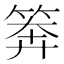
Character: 𥮈